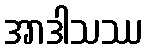
အာဒါသဿ